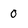
Character: 0